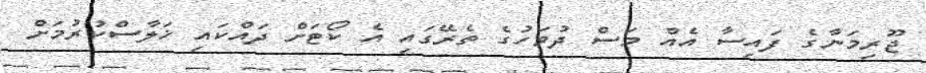
ޖޫރިމަނާގެ ފައިސާ އެއް މަސް ދުވަހުގެ ތެރޭގައި އެ ކޯޓަށް ދައްކައި ޚަލާސްކުރުމަށް